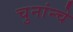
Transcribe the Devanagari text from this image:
चुनांन्चे